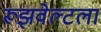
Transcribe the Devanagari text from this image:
रूझवेल्टला